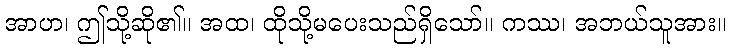
အာဟ၊ ဤသို့ဆို၏။ အထ၊ ထိုသို့မပေးသည်ရှိသော်။ ကဿ၊ အဘယ်သူအား။